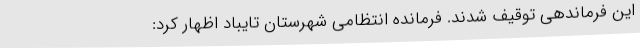
این فرماندهی توقیف شدند. فرمانده انتظامی شهرستان تایباد اظهار کرد: